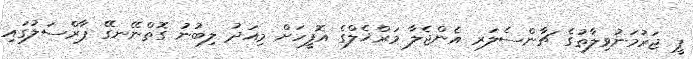
ޕީ ޖަރުމަނުވިލާތުގެ ޗާންސެލަރ އެންޖެލާ މަރްޚެލްގެ އޮފީހަށް މިއަދު ލިބުނު ގޮތްނޭނގޭ ޕާރްސަލުގައި